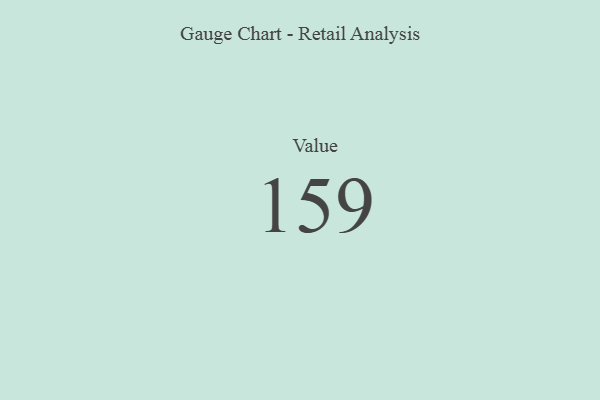
{"axis": {"x": "Metric", "y": "Value"}, "legend": [""], "data": [{"x": "Value", "y": 159, "type": ""}]}